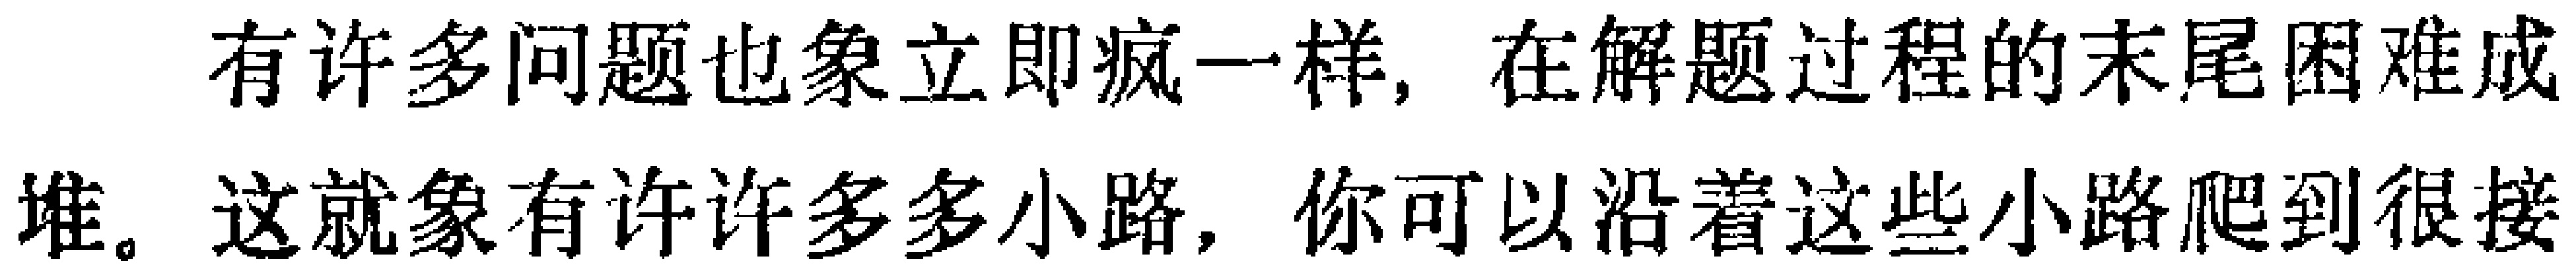
有许多问题也象立即疯一样，在解题过程的末尾困难或堆。这就象有许许多多小路，你可以沿着这些小路爬到很矮